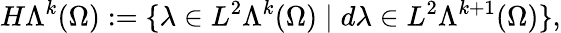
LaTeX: H\Lambda^{k}(\Omega):=\{ \lambda\in L^{2}\Lambda^{k}(\Omega)\mid d\lambda\in L^{2}\Lambda^{k+1}(\Omega)\} ,